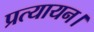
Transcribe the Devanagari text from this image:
प्रत्यायन।